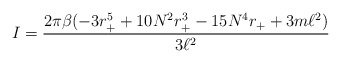
\begin{align*}I=\frac{2\pi \beta (-3r_{+}^{5}+10N^{2}r_{+}^{3}-15N^{4}r_{+}+3m\ell^{2})}{3\ell^{2}} \end{align*}